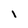
Character: l